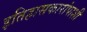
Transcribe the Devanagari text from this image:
इतिहासकारांपाशी